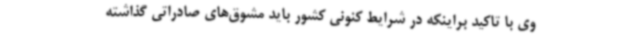
وی با تاکید براینکه در شرایط کنونی کشور باید مشوق‌های صادراتی گذاشته